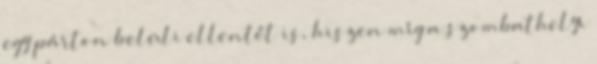
egy párton belüli ellentét is, hiszen míg a szombathelyi